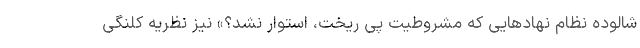
شالوده نظام نهادهایی که مشروطیت پی ریخت، استوار نشد؟» نیز نظریه کلنگی